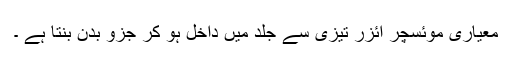
معیاری موئسچر ائزر تیزی سے جلد میں داخل ہو کر جزو بدن بنتا ہے ۔